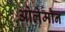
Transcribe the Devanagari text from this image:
ओलेमौन